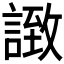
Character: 𧩼